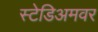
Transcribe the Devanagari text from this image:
स्टेडिअमवर